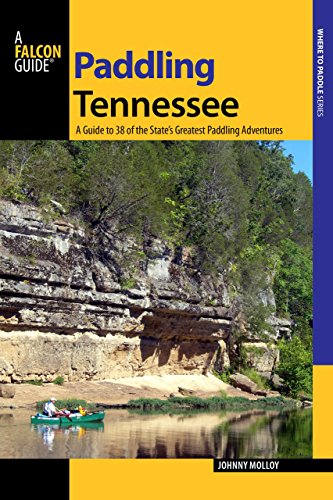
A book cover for Paddling Tennessee: A Guide To 38 Of The State's Greatest Paddling Adventures (Paddling Series); Johnny Molloy; Sports & Outdoors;